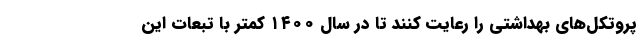
پروتکل‌های بهداشتی را رعایت کنند تا در سال ۱۴۰۰ کمتر با تبعات این